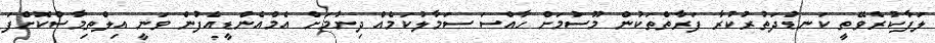
ލަފާކުރެވޭތީ ކަނޑުދަތުރުކުރާ ފަރާތްތަކުން މޫސުމަށް ހާއްސަ ސަމާލުކަމެއް ދިނުމަށް އެމްއެންޑީއެފުން ވަނީ އިލްތިމާސްކޮށްފަ